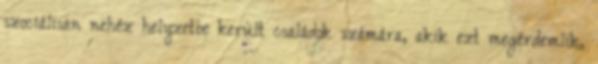
szociálisan nehéz helyzetbe került családok számára, akik ezt megérdemlik,